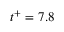
t ^ { + } = 7 . 8